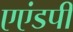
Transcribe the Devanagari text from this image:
एएंडपी